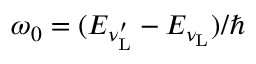
\omega _ { 0 } = ( E _ { \nu _ { \mathrm { L } } ^ { \prime } } - E _ { \nu _ { \mathrm { L } } } ) / \hbar